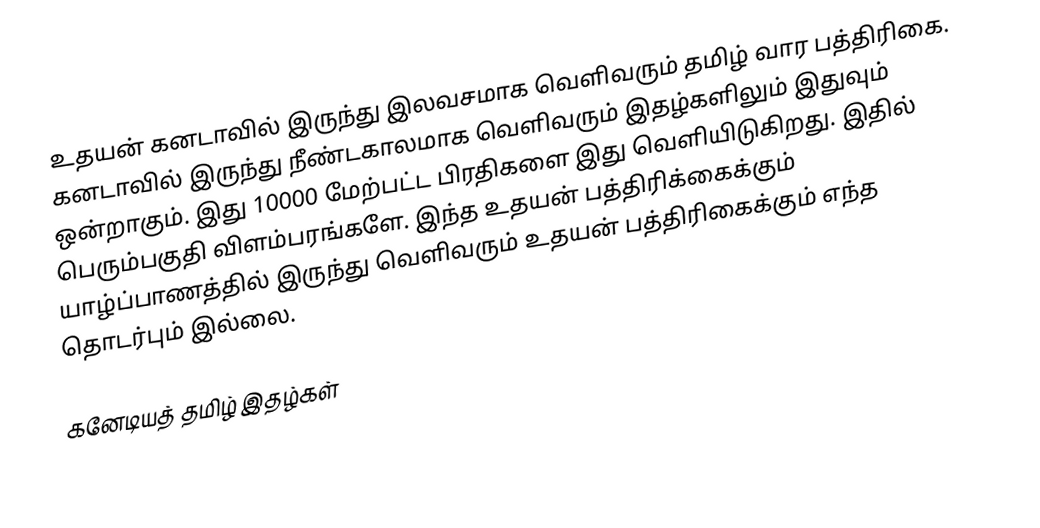
உதயன் கனடாவில் இருந்து இலவசமாக வெளிவரும் தமிழ் வார பத்திரிகை.  கனடாவில் இருந்து நீண்டகாலமாக வெளிவரும் இதழ்களிலும் இதுவும் ஒன்றாகும். இது 10000 மேற்பட்ட பிரதிகளை இது வெளியிடுகிறது. இதில் பெரும்பகுதி விளம்பரங்களே. இந்த உதயன் பத்திரிக்கைக்கும் யாழ்ப்பாணத்தில் இருந்து வெளிவரும் உதயன் பத்திரிகைக்கும் எந்த தொடர்பும் இல்லை.

கனேடியத் தமிழ் இதழ்கள்